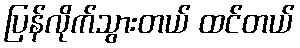
ပြန်လိုက်သွားတယ် ထင်တယ်